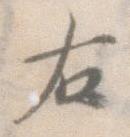
右